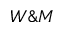
W \& M